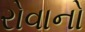
રોવાનો